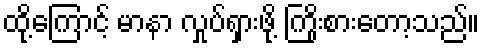
ထို့ကြောင့် မာနာ လှုပ်ရှားဖို့ ကြိုးစားတော့သည်။